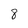
Character: 8